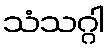
သံသဂ္ဂါ